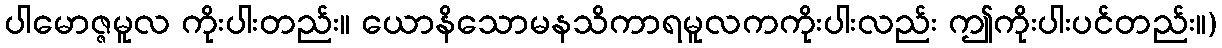
ပါမောဇ္ဇမူလ ကိုးပါးတည်း။ ယောနိသောမနသိကာရမူလကကိုးပါးလည်း ဤကိုးပါးပင်တည်း။)